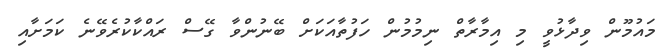
މައުމޫން ވިދާޅުވީ މި އިމާރާތް ނިމުމުން ހަފުތާއަކަށް ބޭނުންވާ ގޭސް ރައްކާކުރެވޭނެ ކަމަށާއި